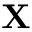
\mathbf { X }